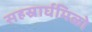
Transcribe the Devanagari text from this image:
सहस्रार्घमिळो